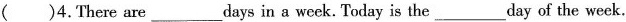
( )4.There are ___ days in a week. Today is the___day of the week.